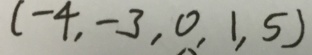
( - 4 , - 3 , 0 , 1 , 5 )